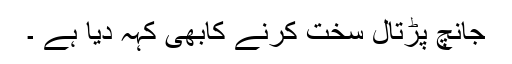
جانچ پڑتال سخت کرنے کابھی کہہ دیا ہے ۔